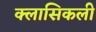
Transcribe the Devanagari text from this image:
क्लासिकली